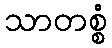
သာတစ္စံ